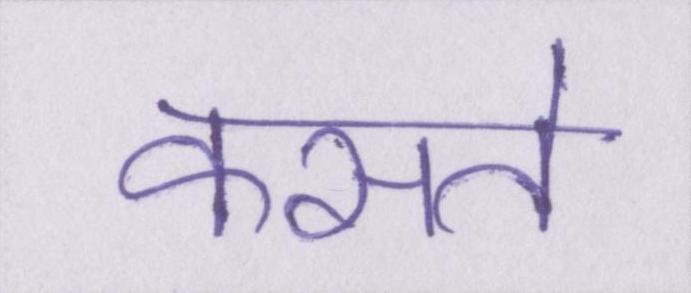
कसते